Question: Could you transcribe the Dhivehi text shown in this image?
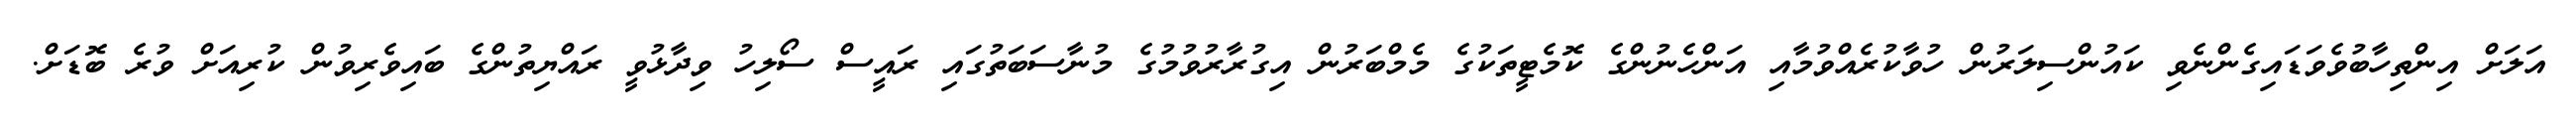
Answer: އަލަށް އިންތިހާބުވެވަޑައިގެންނެވި ކައުންސިލަރުން ހުވާކުރެއްވުމާއި އަންހެނުންގެ ކޮމެޓީތަކުގެ މެމްބަރުން އިގުރާރުވުމުގެ މުނާސަބަތުގައި ރައީސް ސޯލިހު ވިދާޅުވީ ރައްޔިތުންގެ ބައިވެރިވުން ކުރިއަށް ވުރެ ބޮޑަށް.